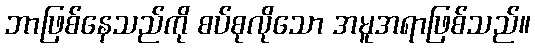
ဘာဖြစ်နေသည်ကို စပ်စုလိုသော အမူအရာဖြစ်သည်။